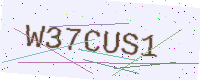
Text: W37CUS1